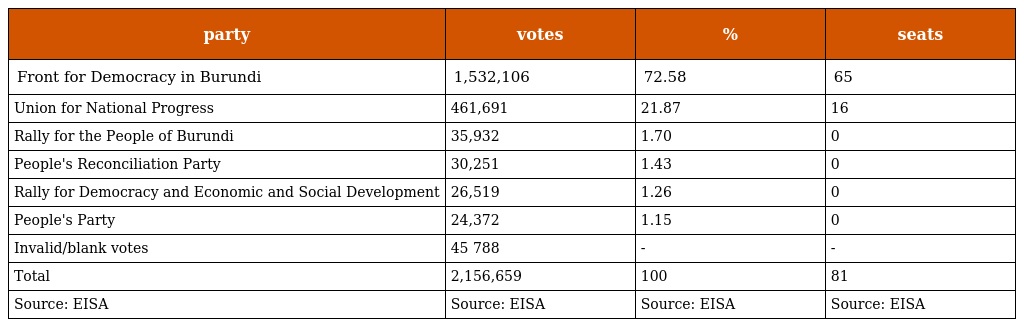
| party | votes | % | seats |
 | --- | --- | --- | --- |
 | Front for Democracy in Burundi | 1,532,106 | 72.58 | 65 |
 | Union for National Progress | 461,691 | 21.87 | 16 |
 | Rally for the People of Burundi | 35,932 | 1.70 | 0 |
 | People's Reconciliation Party | 30,251 | 1.43 | 0 |
 | Rally for Democracy and Economic and Social Development | 26,519 | 1.26 | 0 |
 | People's Party | 24,372 | 1.15 | 0 |
 | Invalid/blank votes | 45 788 | - | - |
 | Total | 2,156,659 | 100 | 81 |
 | Source: EISA | Source: EISA | Source: EISA | Source: EISA |